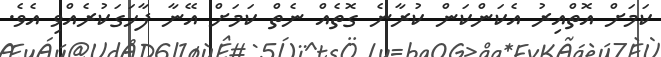
ކަމަށް އޮތްއިރު އެކަންކަން ކުރާނެ ގޮތެއް ނެތް ކަމަށް އޭނާ ފާހަގަކުރެއްވި އެވެ.